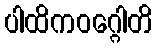
ပါထိကဝဂ္ဂေါတိ